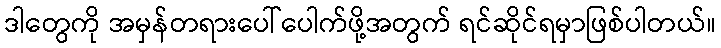
ဒါတွေကို အမှန်တရားပေါ်ပေါက်ဖို့အတွက် ရင်ဆိုင်ရမှာဖြစ်ပါတယ်။